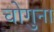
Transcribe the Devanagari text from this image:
चोगुना